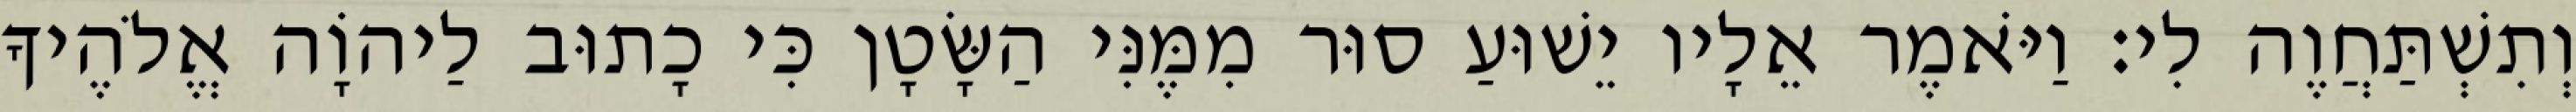
וְתִשְׁתַּחֲוֶה לִי׃ וַיֹּאמֶר אֵלָיו יֵשׁוּעַ סוּר מִמֶּנִּי הַשָּׂטָן כִּי כָתוּב לַיהוָֹה אֱלֹהֶיךָ